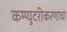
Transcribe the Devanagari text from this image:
कम्प्युटरीकरणाचा